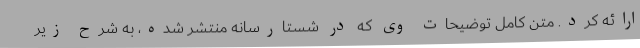
ارائه کرد. متن کامل توضیحات وی که در شستارسانه منتشر شده، به شرح زیر